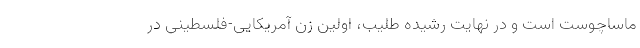
ماساچوست است و در نهایت رشیده طلیب، اولین زن آمریکایی-‌فلسطینی در